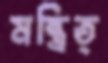
মন্ত্রিত্